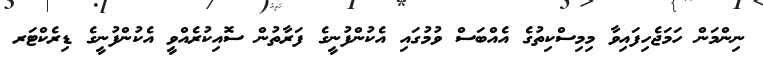
ނިންމަން ހަމަޖެހިފައިވާ މިމިސްކިތުގެ އެއްބަސް ވުމުގައި އެކުންފުނީގެ ފަރާތުން ސޮއިކުރެއްވީ އެކުންފުނީގެ ޑިރެކްޓަަރ